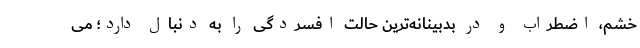
خشم، اضطراب و در بدبینانه‌ترین‌ حالت افسردگی‌ را به دنبال دارد؛ می